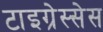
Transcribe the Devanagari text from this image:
टाइग्रेस्सेस